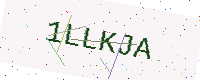
Text: 1LLKJA